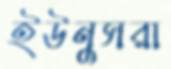
ইউনুসরা